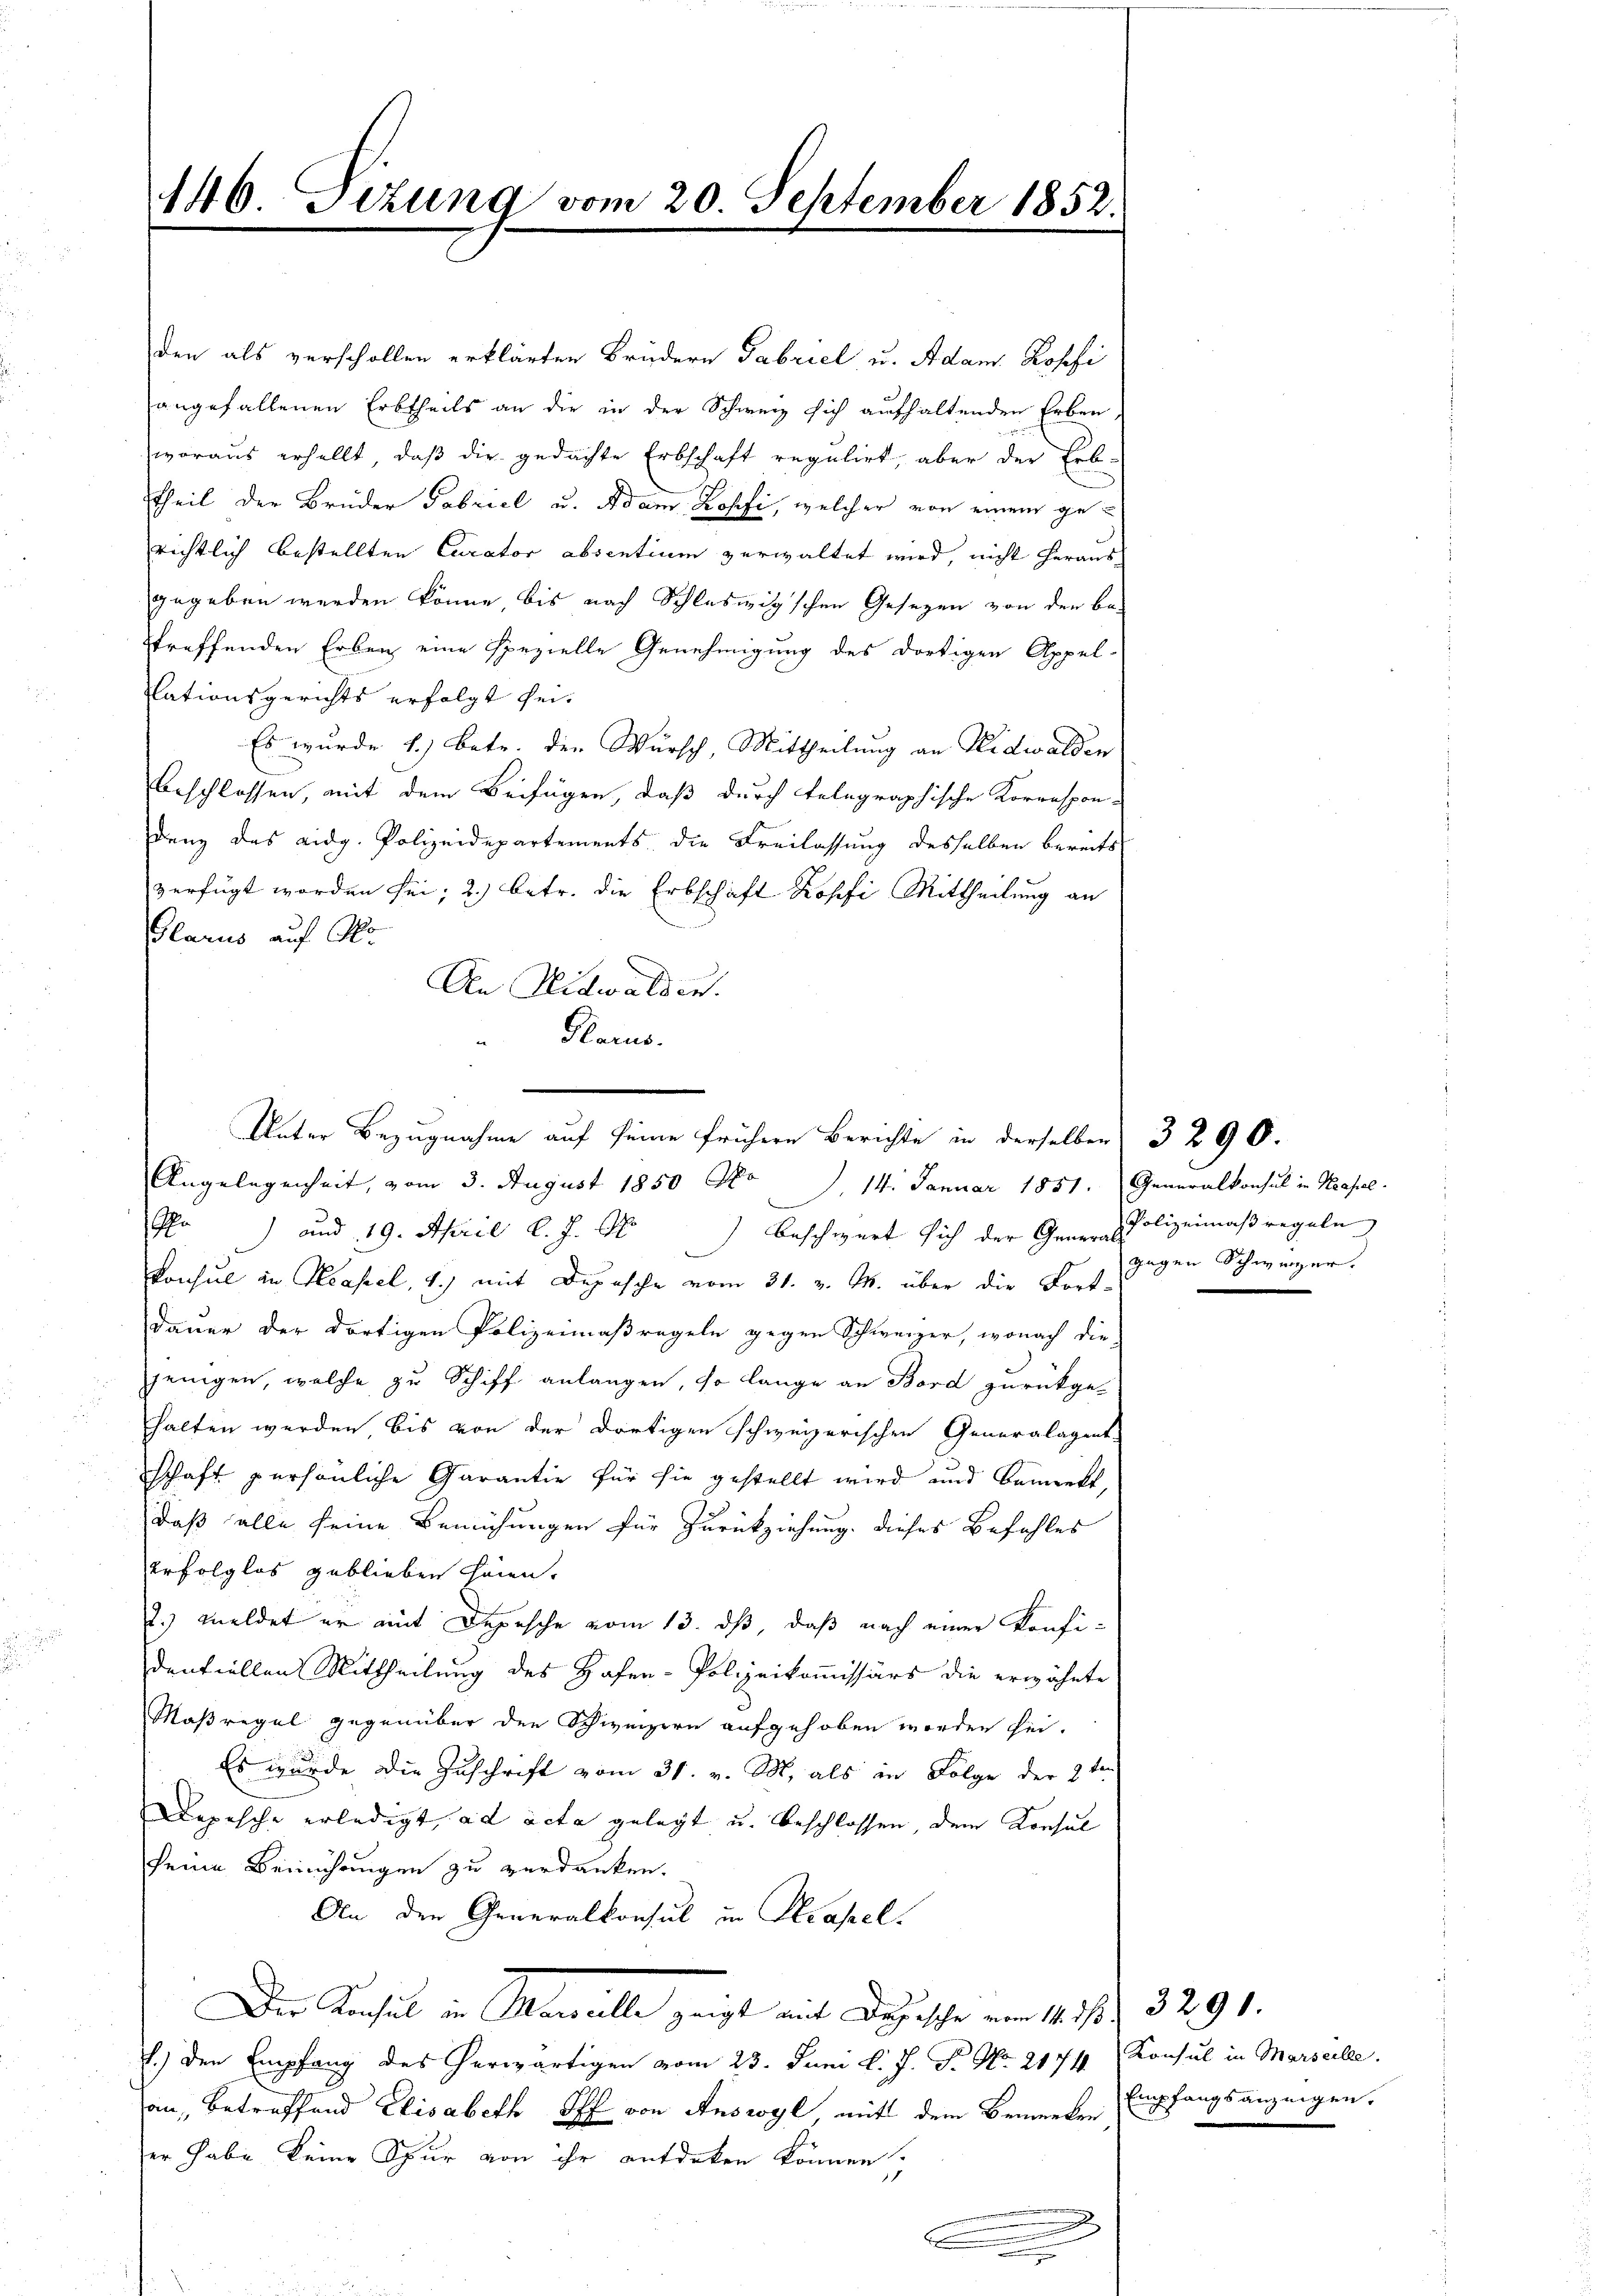
446. Dezung vom 20. September 1852.
2

den als verschollen erklärten Brüdern Gabriel u. Adam Rossi
angefallenen Erbtheils an die in der Schweiz sich aufhaltenden Erben,
woraus erhellt, daß dir gedachte Erbschaft regulirt, aber der Erb-
theil der Brüder Gabriel u. Adam Kopfi, welcher von einem ge-
richtlich bestellten Curator absentium verwaltet wird, nicht heraus
gegeben werden könne, bis nach Schleswigschen Gesezen von den be-
treffenden Erben eine spezielle Genehmigung des dortigen Appel-
lationsgerichts erfolgt sei¬
Es wurde 1.) Betr. der Wursch, Mittheilung an Nidwalden
beschlossen, mit dem Beifügen, daß durch telegraphische Korrespon-
dung das eidg. Polizeidepartements die Freilassung desselben bereits
verfügt worden sei; 2.) betr. die Erbschaft Kopfi Mittheilung an
Glarus auf Mo
An Nidwalden.
Glarus.
ei

Angelegenheit, vom 3. August 1850 No 14. Januar 1851. Generalkonsul in Strafel.
r) und 19. April l. J. M. beschwert sich der Gener Polizeimaßregeln
Konsul in Neapel, 4.) mit Depesche vom 31. v. M. über die Fort-
Dauer der dortigen Polizeimaßregeln gegen Schweizer, wonach die
jenigen, welche zu Schiff anlangen, so lange an Bord zurückge-
halten werden bis von der dortigen schweizerischen Generalagent-
schaft persönliche Garantie für sie gestellt wird und bemerkt,
daß alle seine Bemühungen für Zurückziehung dieses Befehles
erfolglos geblieben heien.
2.) Meldet er mit Depesche vom 13. dß, daß nach einer Konfidentiellen Mittheilung des Hafen-Polizeikoṁissärs die erwähnte
Maßregel gegenüber den Schweizern aufgehoben worden sei.
Es wurde die Zuschrift vom 31. v. M. als in Folge der 2ten
Depesche erledigt, ad acta gelegt u. beschlossen, dem Konsul
seine Beimührungen zu verdanken.
An den Generalkonsul in Krassel
Die Konseil in Morelle zeigt mit Depesche vom 14. ds. f. 3291.
.) den Empfang des herwärtigen vom 23. Juni d. J. F. No. 2171 Konsul in Marseille.
an, betreffend Elisabeth Sch von Auswyl, mit dem Bemerken
er habe keine Spur von ihr entdeken können.
.

Unter Bezugnahme auf seine frühern Berichte in derselben 3290.

gegen Schwurger.

Empfangsanzeigen.